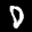
Label: 0